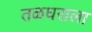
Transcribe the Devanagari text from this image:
तळघराला